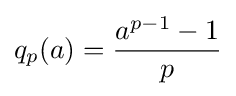
q_{p}(a)={\frac {a^{p-1}-1}{p}}